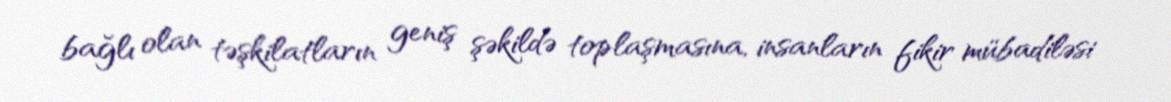
bağlı olan təşkilatların geniş şəkildə toplaşmasına, insanların fikir mübadiləsi